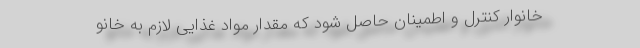
خانوار کنترل‌ و اطمینان حاصل شود که مقدار مواد غذایی لازم به خانو